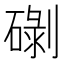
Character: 䃗